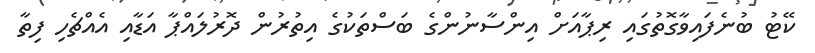
ކޭޓު ބުނެފައިވާގޮތުގައި ރިޕާއަށް އިންސާނުންގެ ބަސްތަކުގެ އިތުރުން ދޮރުލައްޕާ އަޑާއި އެއްޗެހި ފިތާ